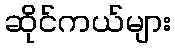
ဆိုင်ကယ်များ